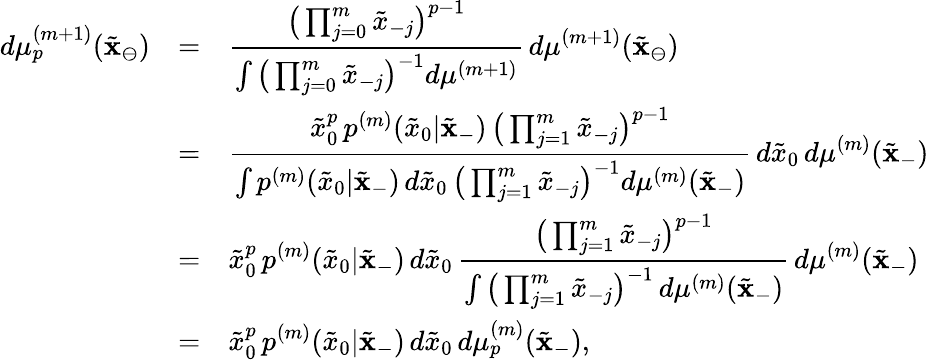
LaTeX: \begin{array}{rcl}{d\mu_{p}^{(m+1)}(\tilde{\mathbf{x}}_{\ominus})}&{=}&{\displaystyle\frac{\big(\prod_{j=0}^{m}\tilde{x}_{-j}\big)^{p-1}}{\int\big(\prod_{j=0}^{m}\tilde{x}_{-j}\big)^{-1}d\mu^{(m+1)}}\, d\mu^{(m+1)}(\tilde{\mathbf{x}}_{\ominus})}\\ &{=}&{\displaystyle\frac{\tilde{x}_{0}^{p}\, p^{(m)}(\tilde{x}_{0}|\tilde{\mathbf{x}}_{-})\, \big(\prod_{j=1}^{m}\tilde{x}_{-j}\big)^{p-1}}{\int p^{(m)}(\tilde{x}_{0}|\tilde{\mathbf{x}}_{-})\, d\tilde{x}_{0}\, \big(\prod_{j=1}^{m}\tilde{x}_{-j}\big)^{-1}d\mu^{(m)}(\tilde{\mathbf{x}}_{-})}\, d\tilde{x}_{0}\, d\mu^{(m)}(\tilde{\mathbf{x}}_{-})}\\ &{=}&{\displaystyle\tilde{x}_{0}^{p}\, p^{(m)}(\tilde{x}_{0}|\tilde{\mathbf{x}}_{-})\, d\tilde{x}_{0}\, \frac{\big(\prod_{j=1}^{m}\tilde{x}_{-j}\big)^{p-1}}{\int\big(\prod_{j=1}^{m}\tilde{x}_{-j}\big)^{-1}\, d\mu^{(m)}(\tilde{\mathbf{x}}_{-})}\, d\mu^{(m)}(\tilde{\mathbf{x}}_{-})}\\ &{=}&{\displaystyle\tilde{x}_{0}^{p}\, p^{(m)}(\tilde{x}_{0}|\tilde{\mathbf{x}}_{-})\, d\tilde{x}_{0}\, d\mu_{p}^{(m)}(\tilde{\mathbf{x}}_{-}),}\end{array}